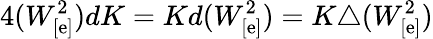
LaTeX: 4(W_{[\mathrm{e}]}^{2})dK=Kd(W_{[\mathrm{e}]}^{2})=K\triangle(W_{[\mathrm{e}]}^{2})